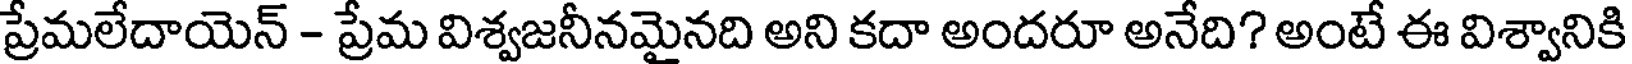
ప్రేమలేదాయెన్ - ప్రేమ విశ్వజనీనమైనది అని కదా అందరూ అనేది? అంటే ఈ విశ్వానికి